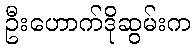
ဦးဟောက်ဒိုဆွမ်းက